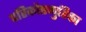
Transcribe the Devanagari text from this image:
परिकोष्ठगुहिका